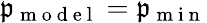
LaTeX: \mathfrak{p}_{\mathrm{{~m~o~d~e~l~}}}=\mathfrak{p}_{\mathrm{{~m~i~n~}}}